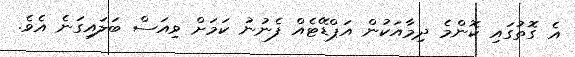
އެ ގޮތުގައި ކޮންމެ ދިމާއަކުން އަޕްޑޭޓެއް ފެނުނު ކަމަށް ވިއަސް ބަލައިގަނެ އެވެ.